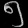
Digit: ၅